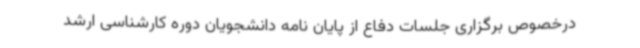
درخصوص برگزاری جلسات دفاع از پایان نامه دانشجویان دوره کارشناسی ارشد